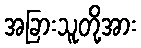
အခြားသူတို့အား